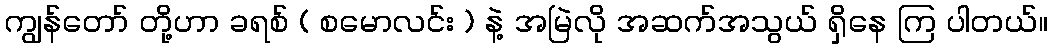
ကျွန်တော် တို့ဟာ ခရစ် ( စမောလင်း ) နဲ့ အမြဲလို အဆက်အသွယ် ရှိနေ ကြ ပါတယ်။